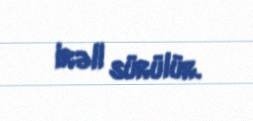
irəli sürülür.